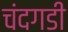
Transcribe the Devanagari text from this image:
चंंदगडी